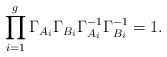
\begin{align*}\prod^g_{i=1}\Gamma_{A_i}\Gamma_{B_i}\Gamma^{-1}_{A_i} \Gamma^{-1}_{B_i}=1.\end{align*}